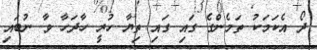
ދޯ އެކަމަކު ތަމެންގެ ގައި ގައި ތިޔާ ހުރީ ހާދަހާ ވާ ނުބައި